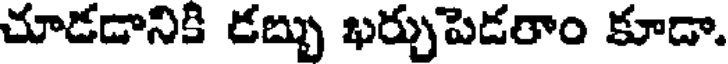
చూడడానికి డబ్బు ఖర్చుపెడరాం కూడా.